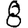
Digit: 8